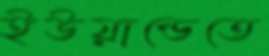
ইউয়ান্ডেতে